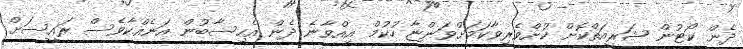
ދެން ކޯޓުން ޝަރީއަތްކޮށް ކުށްވެރިވާކަމަށްވަންޏާ ހުކުމް އިއްވާނެ ދެން އެހިސާބުން އަނެއްކާވެސް ރައީސަށް